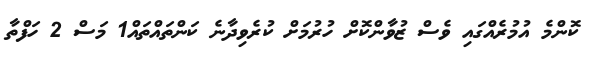
ކޮންމެ އުމުރެއްގައި ވެސް ޒުވާންކޮށް ހުރުމަށް ކުރެވިދާނެ ކަންތައްތައް1 މަސް 2 ހަފްތާ